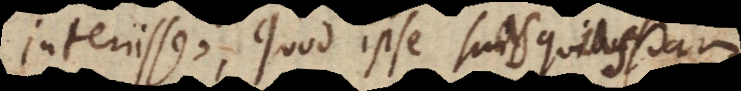
interiisse, quod ipse suis quibusdam